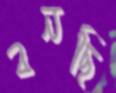
বনছি